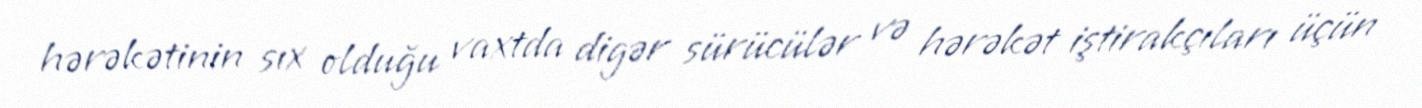
hərəkətinin sıx olduğu vaxtda digər sürücülər və hərəkət iştirakçıları üçün